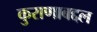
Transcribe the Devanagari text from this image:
कुराणाबद्दल